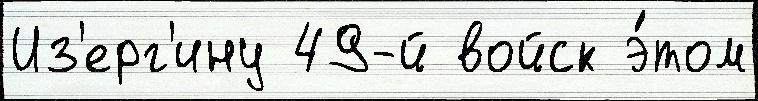
Из'ерг'ину 49-й войск э́том